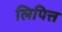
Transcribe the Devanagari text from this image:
लिपित्त